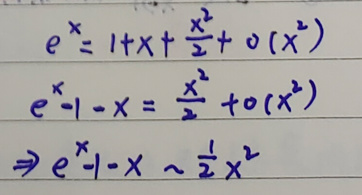
\(e^{x}&=1 + x+\frac{x^{2}}{2}+o(x^{2})\)\\
\(e^{x}-1 - x&=\frac{x^{2}}{2}+o(x^{2})\)\\
\(\Rightarrow e^{x}-1 - x&\sim\frac{1}{2}x^{2}\)